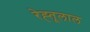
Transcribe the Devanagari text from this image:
रेह्तूलाल